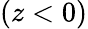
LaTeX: (z<0)